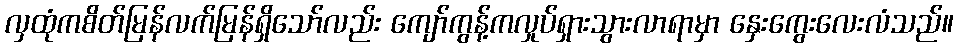
လှထုံကစိတ်မြန်လက်မြန်ရှိသော်လည်း ကျော်ကွန့်ကလှုပ်ရှားသွားလာရာမှာ နှေးကွေးလေးလံသည်။